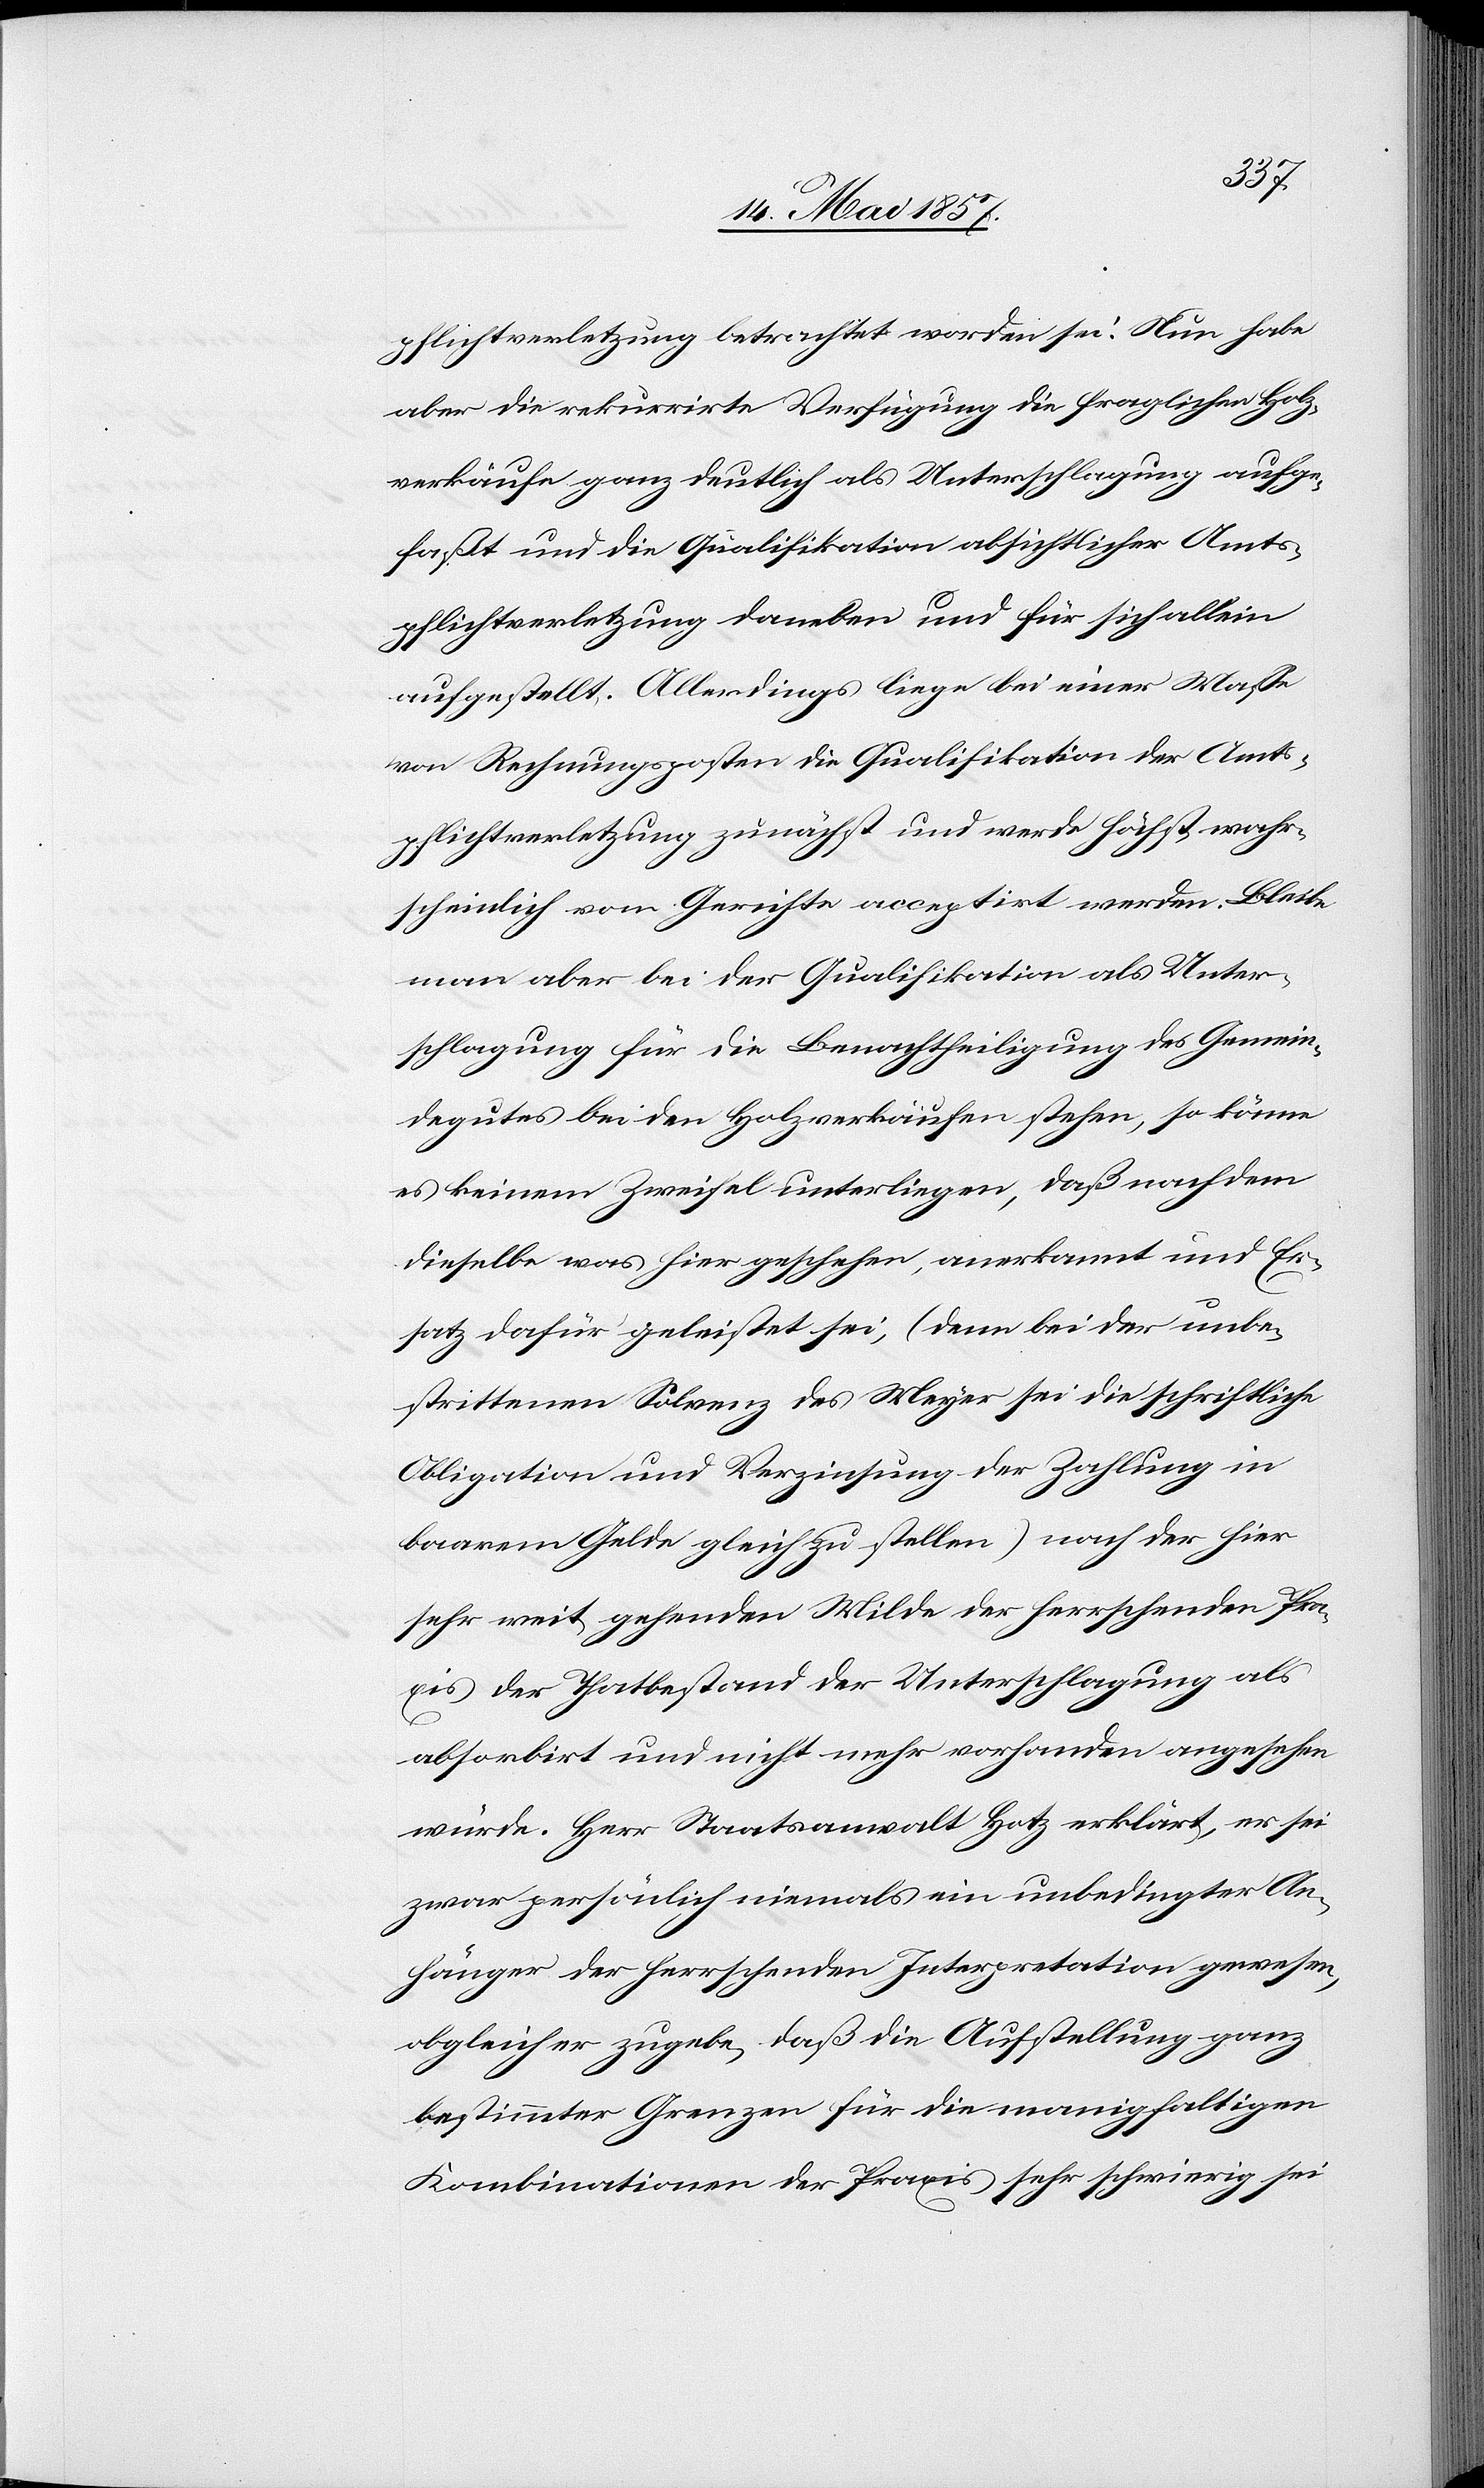
pflichtverletzung betrachtet worden sei. Nun habe
aber die rekurrirte Verfügung die fraglichen Holz¬
verkäufe ganz deutlich als Unterschlagung aufge¬
faßt und die Qualifikation absichtlicher Amts¬
pflichtverletzung daneben und für sich allein
aufgestellt. Allerdings liege bei einer Maße
von Rechnungsposten die Qualifikation der Amts¬
pflichtverletzung zunächst und werde höchst wahr¬
scheinlich vom Gerichte acceptirt werden. Bleibe
man aber bei der Qualifikation als Unter¬
schlagung für die Benachtheiligung des Gemein¬
degutes bei den Holzverkäufen stehen, so könne
es keinem Zweifel unterliegen, daß nachdem
dieselbe was hier geschehen, anerkannt und Er¬
satz dafür geleistet sei, (denn bei der unbe¬
strittenen Solvenz des Meyer sei die schriftliche
Obligation und Verzinsung der Zahlung in
baarem Gelde gleichzustellen) nach der hier
sehr weit gehenden Milde der herrschenden Pra¬
xis als Thatbestand der Unterschlagung als
absorbirt und nicht mehr vorhanden angesehen
würde. Herr Staatsanwalt Hotz erklärt, er sei
zwar persönlich niemals ein unbedingter An¬
hänger der herrschenden Interpretation gewesen,
obgleich er zugebe, daß die Aufstellung ganz
bestimmter Grenzen für die manigfaltigen
Kombinationen der Praxis sehr schwierig sei